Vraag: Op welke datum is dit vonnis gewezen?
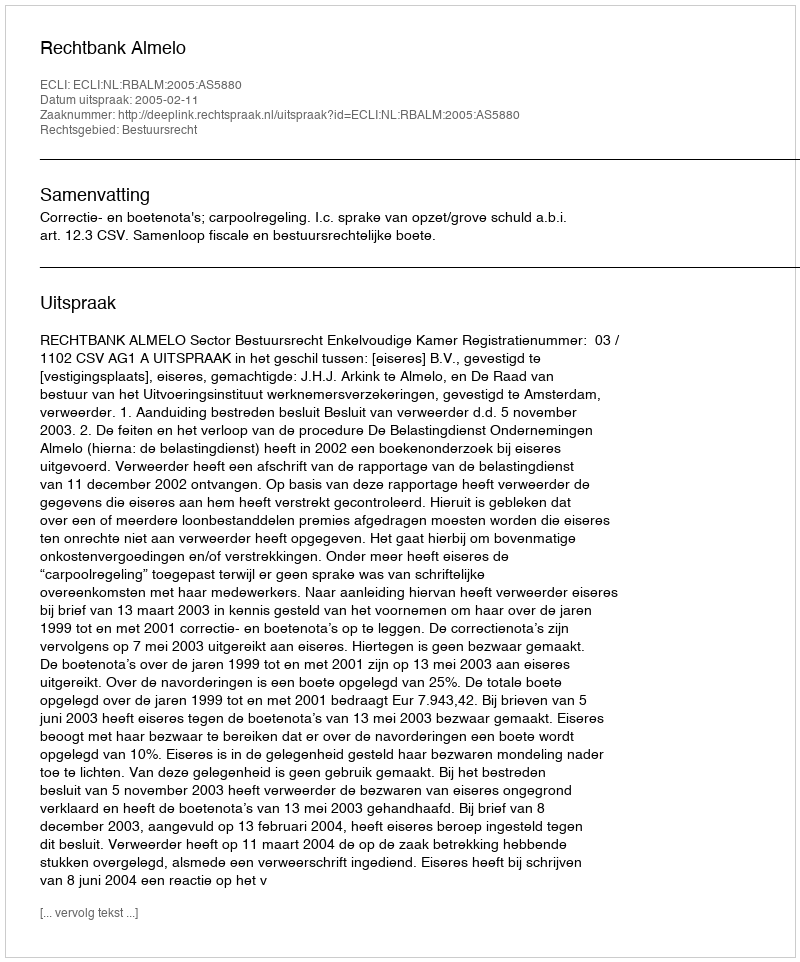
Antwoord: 2005-02-11